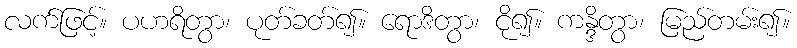
လက်ဖြင့်။ ပဟရိတွာ၊ ပုတ်ခတ်၍။ ရောဒိတွာ၊ ငို၍။ ကန္ဒိတွာ၊ မြည်တမ်း၍။